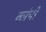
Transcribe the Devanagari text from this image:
कांपी